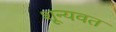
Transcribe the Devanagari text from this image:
शून्यवत